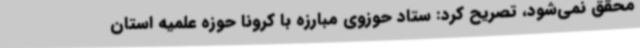
محقق نمی‌شود، تصریح کرد: ستاد حوزوی مبارزه با کرونا حوزه علمیه استان